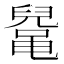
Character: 𱌅